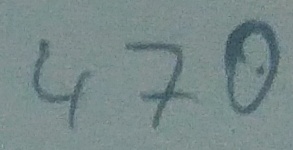
Text: 470